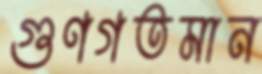
গুণগতমান